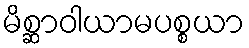
မိစ္ဆာဝါယာမပစ္စယာ